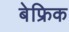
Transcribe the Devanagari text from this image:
बेफ्रिक